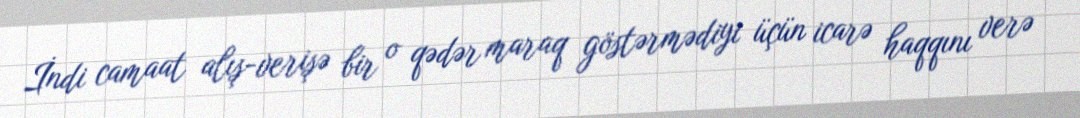
İndi camaat alış-verişə bir o qədər maraq göstərmədiyi üçün icarə haqqını verə